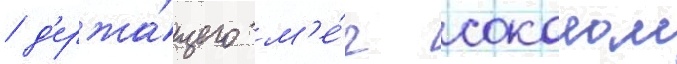
/ д'ержа́щего м'е́ч соколом